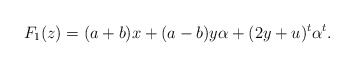
\begin{align*} F_1(z)=(a+b)x+(a-b)y\alpha+(2y+u)^t\alpha^t. \end{align*}